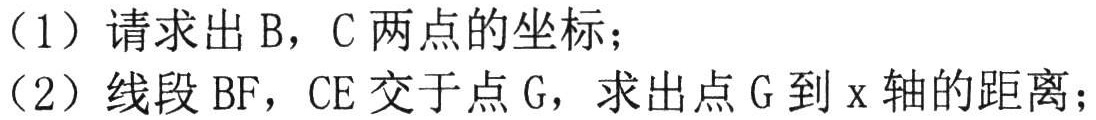
（1）请求出\(B\)，\(C\)两点的坐标；
（2）线段\(BF\)，\(CE\)交于点\(G\)，求出点\(G\)到\(x\)轴的距离；